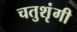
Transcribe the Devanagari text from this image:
चतुशृंगी